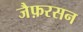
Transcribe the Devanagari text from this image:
जैफ़रसन